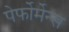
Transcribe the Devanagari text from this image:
पेर्फोर्मेन्स